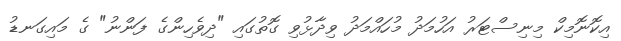
އިކޮނޮމިކް މިނިސްޓަރު އަހުމަދު މުހައްމަދު ވިދާޅުވި ގޮތުގައި "ދިވެހިންގެ ފަންނު" ގެ މައިގަނޑު